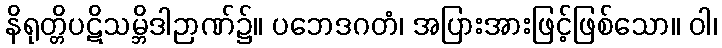
နိရုတ္တိပဋိသမ္ဘိဒါဉာဏ်၌။ ပဘေဒဂတံ၊ အပြားအားဖြင့်ဖြစ်သော။ ဝါ၊